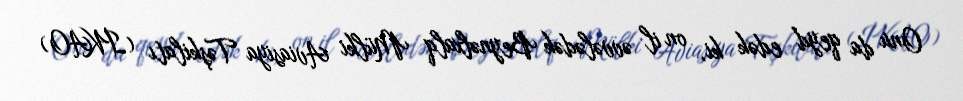
Onu da qeyd edək ki, on il əvvələdək Beynəlxalq Mülki Aviasiya Təşkilatı (İKAO)